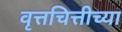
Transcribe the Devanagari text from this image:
वृत्तचित्तीच्या